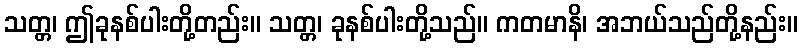
သတ္တ၊ ဤခုနစ်ပါးတို့တည်း။ သတ္တ၊ ခုနစ်ပါးတို့သည်။ ကတမာနိ၊ အဘယ်သည်တို့နည်း။